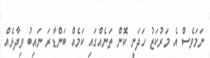
ނަމަވެސް އެ މަރުކަޒު ހަދަނީ ކޮން ތަނެއްގައި ކަމެއް ބަންޑާރަ ނައިބު ވިދާޅެއް